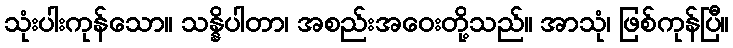
သုံးပါးကုန်သော။ သန္နိပါတာ၊ အစည်းအဝေးတို့သည်။ အာသုံ၊ ဖြစ်ကုန်ပြီ။